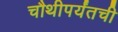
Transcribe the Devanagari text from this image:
चौथीपर्यंतची